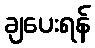
ချပေးရန်